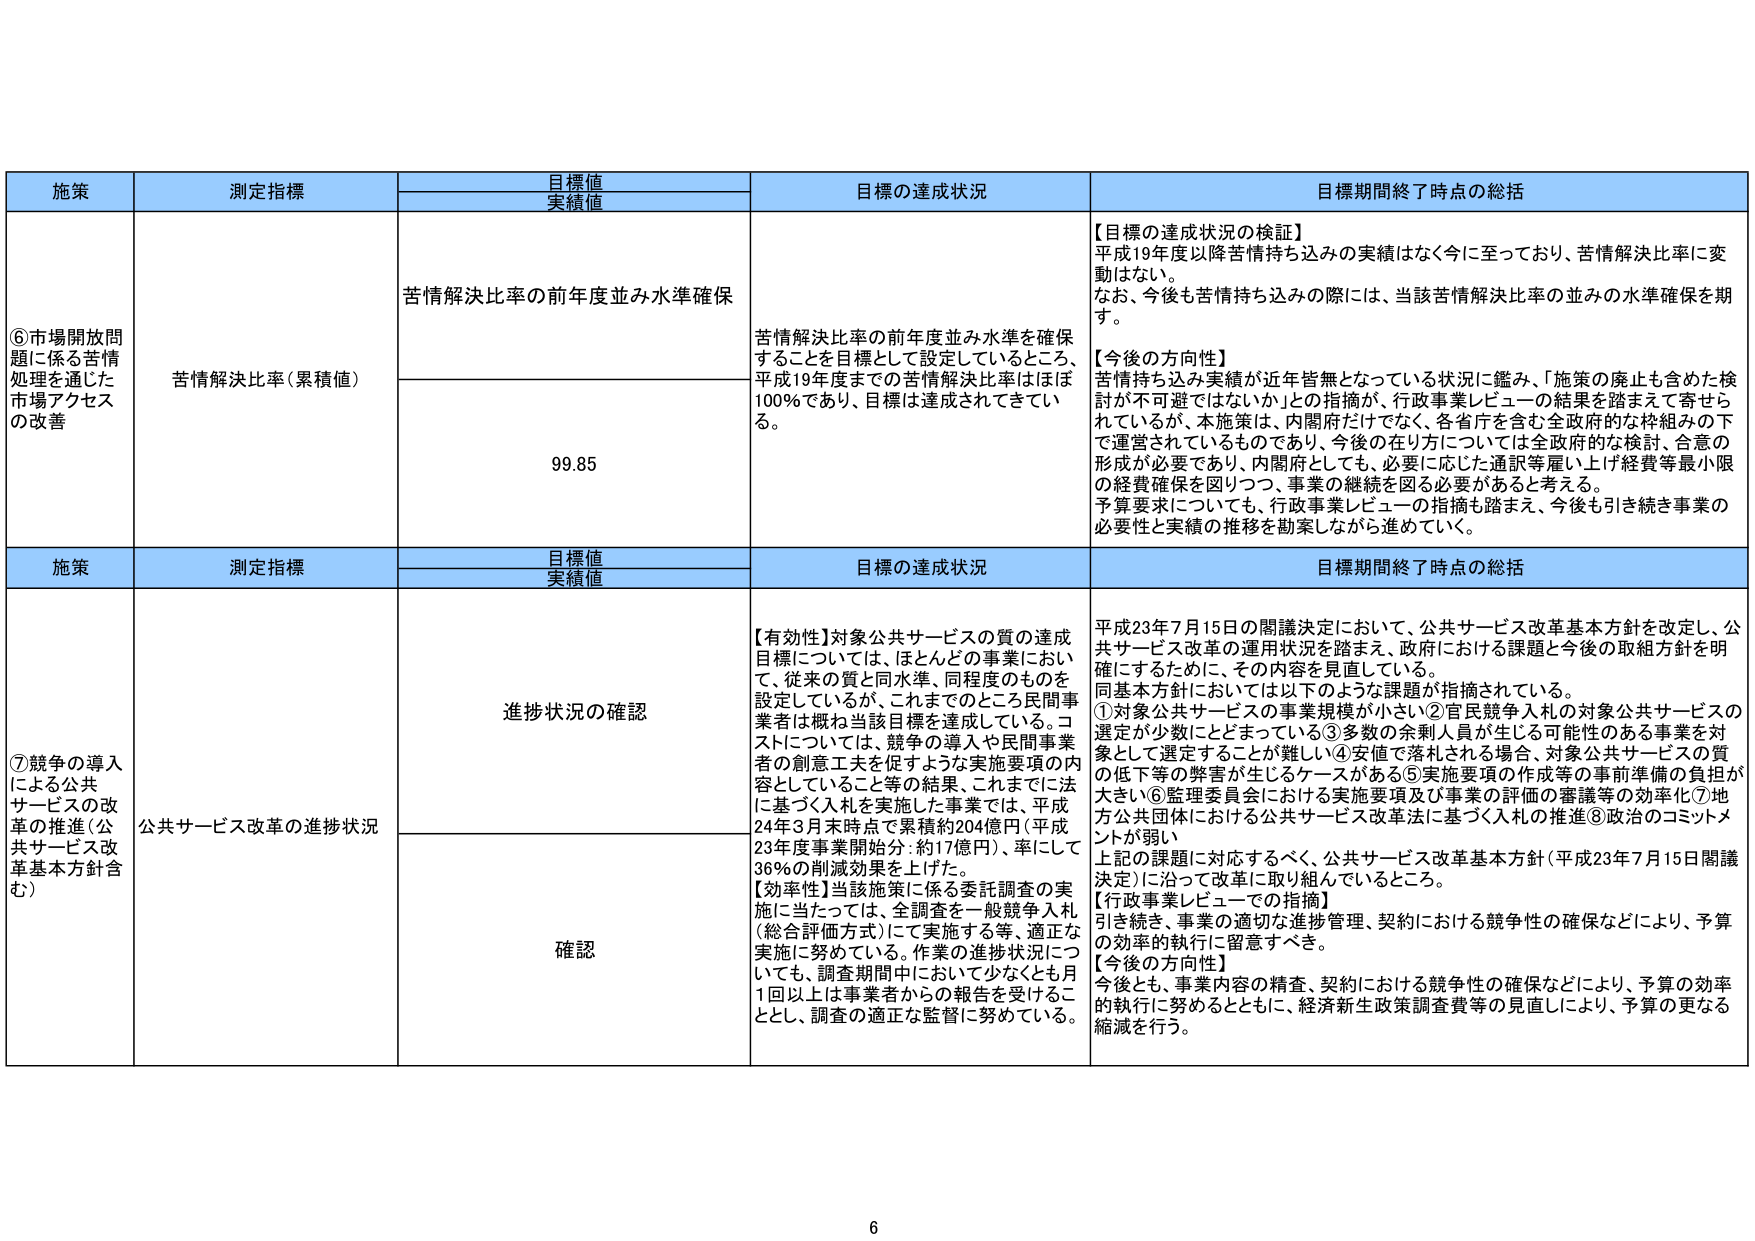
施策 測定指標 目標値 実績値 目標の達成状況 目標期間終了時点の総括
⑥市場開放問題に係る苦情処理を通じた市場アクセスの改善 苦情解決比率（累積値） 苦情解決比率の前年度並み水準確保 苦情解決比率の前年度並み水準を確保することを目標として設定しているところ、平成19年度までの苦情解決比率はほぼ100％であり、目標は達成されてきている。 【目標の達成状況の検証】 平成19年度以降苦情持ち込みの実績はなく今に至っており、苦情解決比率に変動はない。 なお、今後も苦情持ち込みの際には、当該苦情解決比率の並みの水準確保を期す。 【今後の方向性】 苦情持ち込み実績が近年皆無となっている状況に鑑み、「施策の廃止も含めた検討が不可避ではないか」との指摘が、行政事業レビューの結果を踏まえて寄せられているが、本施策は、内閣府だけでなく、各省庁を含む全政府的な枠組みの下で運営されているものであり、今後の在り方については全政府的な検討、合意の形成が必要であり、内閣府としても、必要に応じた通訳等雇い上げ経費等最小限の経費確保を図りつつ、事業の継続を図る必要があると考える。 予算要求についても、行政事業レビューの指摘も踏まえ、今後も引き続き事業の必要性と実績の推移を勘案しながら進めていく。
99.85
施策 測定指標 目標値 実績値 目標の達成状況 目標期間終了時点の総括
⑦競争の導入による公共サービスの改革の推進（公共サービス改革基本方針含む） 公共サービス改革の進捗状況 進捗状況の確認 【有効性】対象公共サービスの質の達成目標については、ほとんどの事業において、従来の質と同水準、同程度のものを設定しているが、これまでのところ民間事業者は概ね当該目標を達成している。コストについては、競争の導入や民間事業者の創意工夫を促すような実施要項の内容としていること等の結果、これまでに法に基づく入札を実施した事業では、平成24年3月末時点で累積約204億円（平成23年度事業開始分：約17億円）、率にして36％の削減効果を上げた。 【効率性】当該施策に係る委託調査の実施に当たっては、全調査を一般競争入札（総合評価方式）にて実施する等、適正な実施に努めている。作業の進捗状況についても、調査期間中において少なくとも月1回以上は事業者からの報告を受けることとし、調査の適正な監督に努めている。 確認 平成23年7月15日の閣議決定において、公共サービス改革基本方針を改定し、公共サービス改革の運用状況を踏まえ、政府における課題と今後の取組方針を明確にするために、その内容を見直している。 同基本方針においては以下のような課題が指摘されている。 ①対象公共サービスの事業規模が小さい②官民競争入札の対象公共サービスの選定が少数にとどまっている③多数の余剰人員が生じる可能性のある事業を対象として選定することが難しい④安価で落札される場合、対象公共サービスの質の低下等の弊害が生じるケースがある⑤実施要項の作成等の事前準備の負担が大きい⑥監理委員会における実施要項及び事業の評価の審議等の効率化⑦地方公共団体における公共サービス改革法に基づく入札の推進⑧政治的コミットメントが弱い 上記の課題に対応するべく、公共サービス改革基本方針（平成23年7月15日閣議決定）に沿って改革に取り組んでいるところ。 【行政事業レビューでの指摘】 引き続き、事業の適切な進捗管理、契約における競争性の確保などにより、予算の効率的執行に留意すべき。 【今後の方向性】 今後とも、事業内容の精査、契約における競争性の確保などにより、予算の効率的執行に努めるとともに、経済新生政策調査費等の見直しにより、予算の更なる縮減を行う。
6